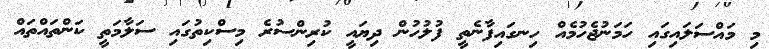
މި މައްސަލައިގައި ހަމަނުޖެހުމެއް ހިނގައިފާނެތީ ފުލުހުން ދިޔައީ ކުރިންސުރެ މިސްކިތުގައި ސަލާމަތީ ކަންތައްތައް